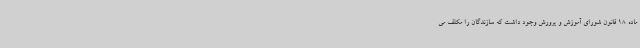
ماده 18 قانون شورای آموزش و پرورش وجود داشت که سازندگان را مکلف می